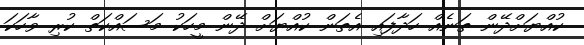
ކުއްޔަށްދޭން ތަނެއް ހަދާފައި އެތަން ކުއްޔަށް ދޭން މީހަކު މަސައްކަތް ކުރި ވާހަކަ